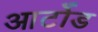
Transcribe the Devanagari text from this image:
आर्टोड